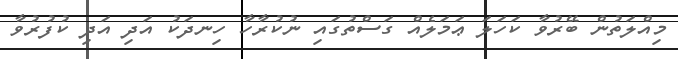
މިއްލަތުން ބޭރުވާ ކަހަލަ ޢަމަލެއް ގަސްތުގައި ނުކުރާހާ ހިނދަކު އަދި އަދި ކުފުރުވާ